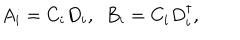
LaTeX: A _ { i } = C _ { i } D _ { i } , \ \ B _ { i } = C _ { i } D _ { i } ^ { \dagger } ,